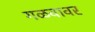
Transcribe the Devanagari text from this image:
गळवावर